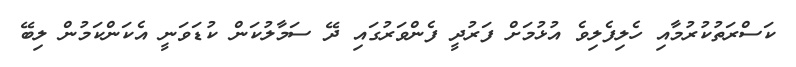
ކަސްރަތުކުރުމާއި ހެލިފެލިވެ އުޅުމަށް ފަރުދީ ފެންވަރުގައި ދޭ ސަމާލުކަން ކުޑަވަނީ އެކަންކަމުން ލިބޭ